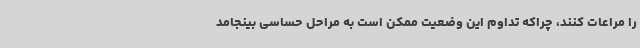
را مراعات کنند، چراکه تداوم این وضعیت ممکن است به مراحل حساسی بینجامد